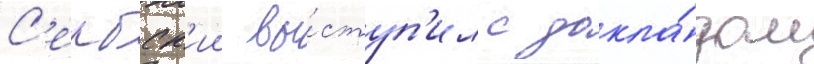
С'ербск'ии вы́ступ'ил с докла́дом